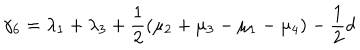
\gamma _ { 6 } = \lambda _ { 1 } + \lambda _ { 3 } + \frac { 1 } { 2 } ( \mu _ { 2 } + \mu _ { 3 } - \mu _ { 1 } - \mu _ { 4 } ) - \frac { 1 } { 2 } d